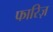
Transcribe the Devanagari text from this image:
फारिज़